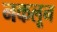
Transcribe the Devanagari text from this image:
नकलून